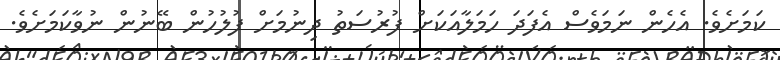
ކަމަށެވެ. އެހެން ނަމަވެސް އެފަދަ ހަމަލާއަކަށް ފުރުސަތު ދިނުމަށް ފުލުހުން ބޭނުން ނުވާކަމަށެވެ.